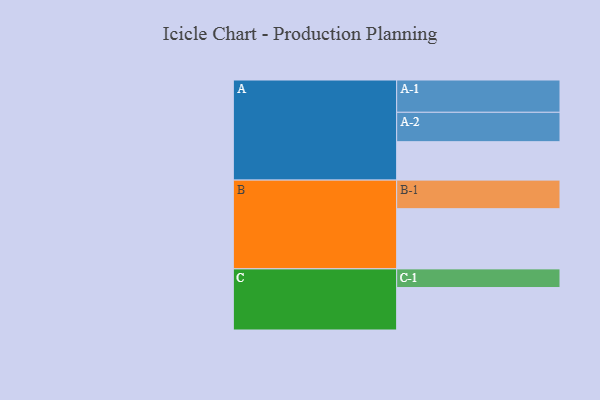
{"axis": {"x": "Segment", "y": "Value"}, "legend": ["", "A", "B", "C"], "data": [{"x": "A", "y": 332, "type": ""}, {"x": "B", "y": 520, "type": ""}, {"x": "C", "y": 367, "type": ""}, {"x": "A-1", "y": 279, "type": "A"}, {"x": "A-2", "y": 254, "type": "A"}, {"x": "B-1", "y": 247, "type": "B"}, {"x": "C-1", "y": 161, "type": "C"}]}